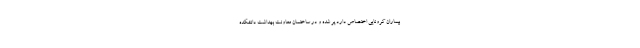
بیماران کرونایی اختصاص دارد پر شده و در ساختمان معاونت بهداشت دانشکده